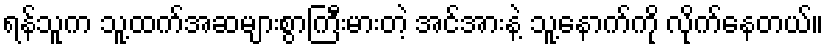
ရန်သူက သူ့ထက်အဆများစွာကြီးမားတဲ့ အင်အားနဲ့ သူ့နောက်ကို လိုက်နေတယ်။